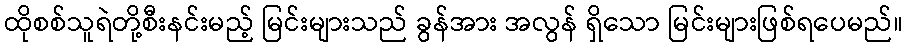
ထိုစစ်သူရဲတို့စီးနင်းမည့် မြင်းများသည် ခွန်အား အလွန် ရှိသော မြင်းများဖြစ်ရပေမည်။